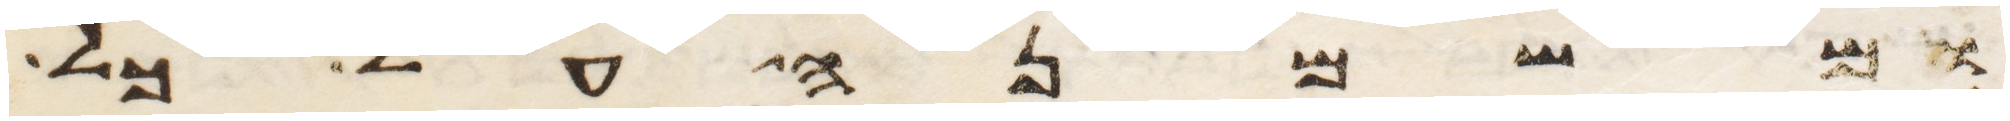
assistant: ומשמנה על כל